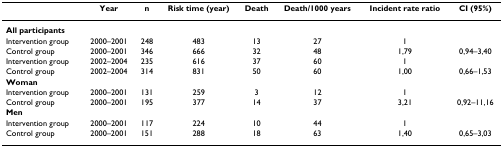
<table><thead><tr><td></td><td><b>Year</b></td><td><b>n</b></td><td><b>Risk time (year)</b></td><td><b>Death</b></td><td><b>Death/1000 years</b></td><td><b>Incident rate ratio</b></td><td><b>CI (95%)</b></td></tr></thead><tbody><tr><td><b>All participants</b></td><td></td><td></td><td></td><td></td><td></td><td></td><td></td></tr><tr><td>Intervention group</td><td>2000–2001</td><td>248</td><td>483</td><td>13</td><td>27</td><td>1</td><td></td></tr><tr><td>Control group</td><td>2000–2001</td><td>346</td><td>666</td><td>32</td><td>48</td><td>1,79</td><td>0,94–3,40</td></tr><tr><td>Intervention group</td><td>2002–2004</td><td>235</td><td>616</td><td>37</td><td>60</td><td>1</td><td></td></tr><tr><td>Control group</td><td>2002–2004</td><td>314</td><td>831</td><td>50</td><td>60</td><td>1,00</td><td>0,66–1,53</td></tr><tr><td><b>Woman</b></td><td></td><td></td><td></td><td></td><td></td><td></td><td></td></tr><tr><td>Intervention group</td><td>2000–2001</td><td>131</td><td>259</td><td>3</td><td>12</td><td>1</td><td></td></tr><tr><td>Control group</td><td>2000–2001</td><td>195</td><td>377</td><td>14</td><td>37</td><td>3,21</td><td>0,92–11,16</td></tr><tr><td><b>Men</b></td><td></td><td></td><td></td><td></td><td></td><td></td><td></td></tr><tr><td>Intervention group</td><td>2000–2001</td><td>117</td><td>224</td><td>10</td><td>44</td><td>1</td><td></td></tr><tr><td>Control group</td><td>2000–2001</td><td>151</td><td>288</td><td>18</td><td>63</td><td>1,40</td><td>0,65–3,03</td></tr></tbody></table>